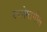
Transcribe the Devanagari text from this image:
रचनेमागील